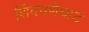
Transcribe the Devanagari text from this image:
शिंदवणेघाट